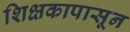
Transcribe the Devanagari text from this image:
शिक्षकापासून